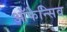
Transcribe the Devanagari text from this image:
ऑफेन्सिव